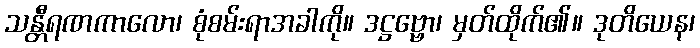
သန္တီရဏကာလော၊ စုံစမ်းရာအခါကို။ ဒဋ္ဌဗ္ဗော၊ မှတ်ထိုက်၏။ ဒုတိယေန၊